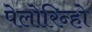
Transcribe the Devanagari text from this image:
पेलोरिन्हो